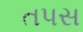
તપસ